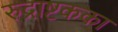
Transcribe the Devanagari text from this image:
रुद्राष्टकका